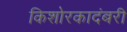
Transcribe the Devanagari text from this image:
किशोरकादंबरी